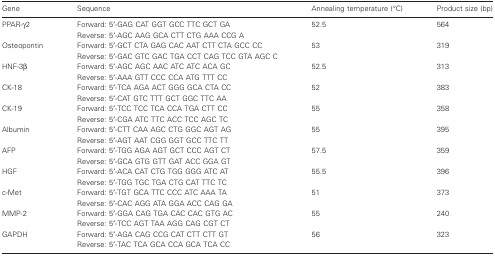
<table><thead><tr><td><b>Gene</b></td><td><b>Sequence</b></td><td><b>Annealing temperature (°C)</b></td><td><b>Product size (bp)</b></td></tr></thead><tbody><tr><td>PPAR-γ2</td><td>Forward: 5′-GAG CAT GGT GCC TTC GCT GAReverse: 5′-AGC AAG GCA CTT CTG AAA CCG A</td><td>52.5</td><td>564</td></tr><tr><td>Osteopontin</td><td>Forward: 5′-GCT CTA GAG CAC AAT CTT CTA GCC CCReverse: 5′-GAC GTC GAC TGA CCT CAG TCC GTA AGC C</td><td>53</td><td>319</td></tr><tr><td>HNF-3β</td><td>Forward: 5′-AGC AGC AAC ATC ATC ACA GCReverse: 5′-AAA GTT CCC CCA ATG TTT CC</td><td>52.5</td><td>313</td></tr><tr><td>CK-18</td><td>Forward: 5′-TCA AGA ACT GGG GCA CTA CCReverse: 5′-CAT GTC TTT GCT GGC TTC AA</td><td>52</td><td>383</td></tr><tr><td>CK-19</td><td>Forward: 5′-TCC TCC TCA CCA TGA CTT CCReverse: 5′-CGA ATC TTC ACC TCC AGC TC</td><td>55</td><td>358</td></tr><tr><td>Albumin</td><td>Forward: 5′-CTT CAA AGC CTG GGC AGT AGReverse: 5′-AGT AAT CGG GGT GCC TTC TT</td><td>55</td><td>395</td></tr><tr><td>AFP</td><td>Forward: 5′-TGG AGA AGT GCT CCC AGT CTReverse: 5′-GCA GTG GTT GAT ACC GGA GT</td><td>57.5</td><td>359</td></tr><tr><td>HGF</td><td>Forward: 5′-ACA CAT CTG TGG GGG ATC ATReverse: 5′-TGG TGC TGA CTG CAT TTC TC</td><td>55.5</td><td>396</td></tr><tr><td>c-Met</td><td>Forward: 5′-TGT GCA TTC CCC ATC AAA TAReverse: 5′-CAC AGG ATA GGA ACC CAG GA</td><td>51</td><td>373</td></tr><tr><td>MMP-2</td><td>Forward: 5′-GGA CAG TGA CAC CAC GTG ACReverse: 5′-TCC AGT TAA AGG CAG CGT CT</td><td>55</td><td>240</td></tr><tr><td>GAPDH</td><td>Forward: 5′-AGA CAG CCG CAT CTT CTT GTReverse: 5′-TAC TCA GCA CCA GCA TCA CC</td><td>56</td><td>323</td></tr></tbody></table>